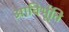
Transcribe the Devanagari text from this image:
आविर्भूति